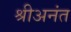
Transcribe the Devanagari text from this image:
श्रीअनंत